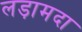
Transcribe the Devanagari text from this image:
लड़ामदा